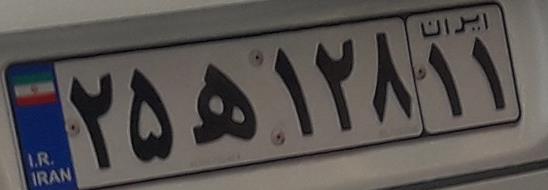
۲۵ه۱۲۸۱۱